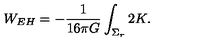
W _ { E H } = - { \frac { 1 } { 1 6 \pi G } } \int _ { \Sigma _ { r } } 2 K .